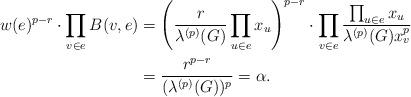
LaTeX: \begin{align*}w(e)^{p-r}\cdot\prod_{v\in e}B(v,e) & =\Bigg(\frac{r}{\lambda^{(p)}(G)}\prod_{u\in e}x_u\Bigg)^{p-r}\cdot\prod_{v\in e}\frac{\prod_{u\in e}x_u}{\lambda^{(p)}(G)x_v^p}\\& =\frac{r^{p-r}}{(\lambda^{(p)}(G))^p}=\alpha.\end{align*}